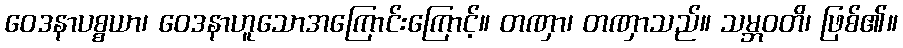
ဝေဒနာပစ္စယာ၊ ဝေဒနာဟူသောအကြောင်းကြောင့်။ တဏှာ၊ တဏှာသည်။ သမ္ဘဝတိ၊ ဖြစ်၏။